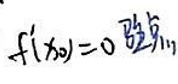
$f ^ { \prime } ( x _ { 0 } ) = 0 驻 点$